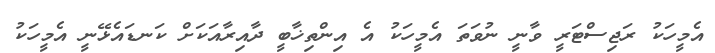
އެމީހަކު ރަޖިސްޓަރީ ވާނީ ނުވަތަ އެމީހަކު އެ އިންތިޚާބީ ދާއިރާއަކަށް ކަނޑައެޅޭނީ އެމީހަކު